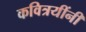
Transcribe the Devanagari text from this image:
कवित्रयींनी